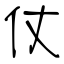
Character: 仗